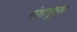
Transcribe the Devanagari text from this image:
गंगामूला